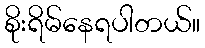
စိုးရိမ်နေရပါတယ်။